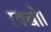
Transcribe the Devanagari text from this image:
रक्खो।